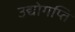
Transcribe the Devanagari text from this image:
उद्योगप्ति